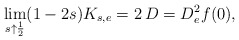
\begin{align*}\lim_{s\uparrow\frac{1}{2}}(1-2s)K_{s,e}=2\,D=D^2_ef(0),\end{align*}